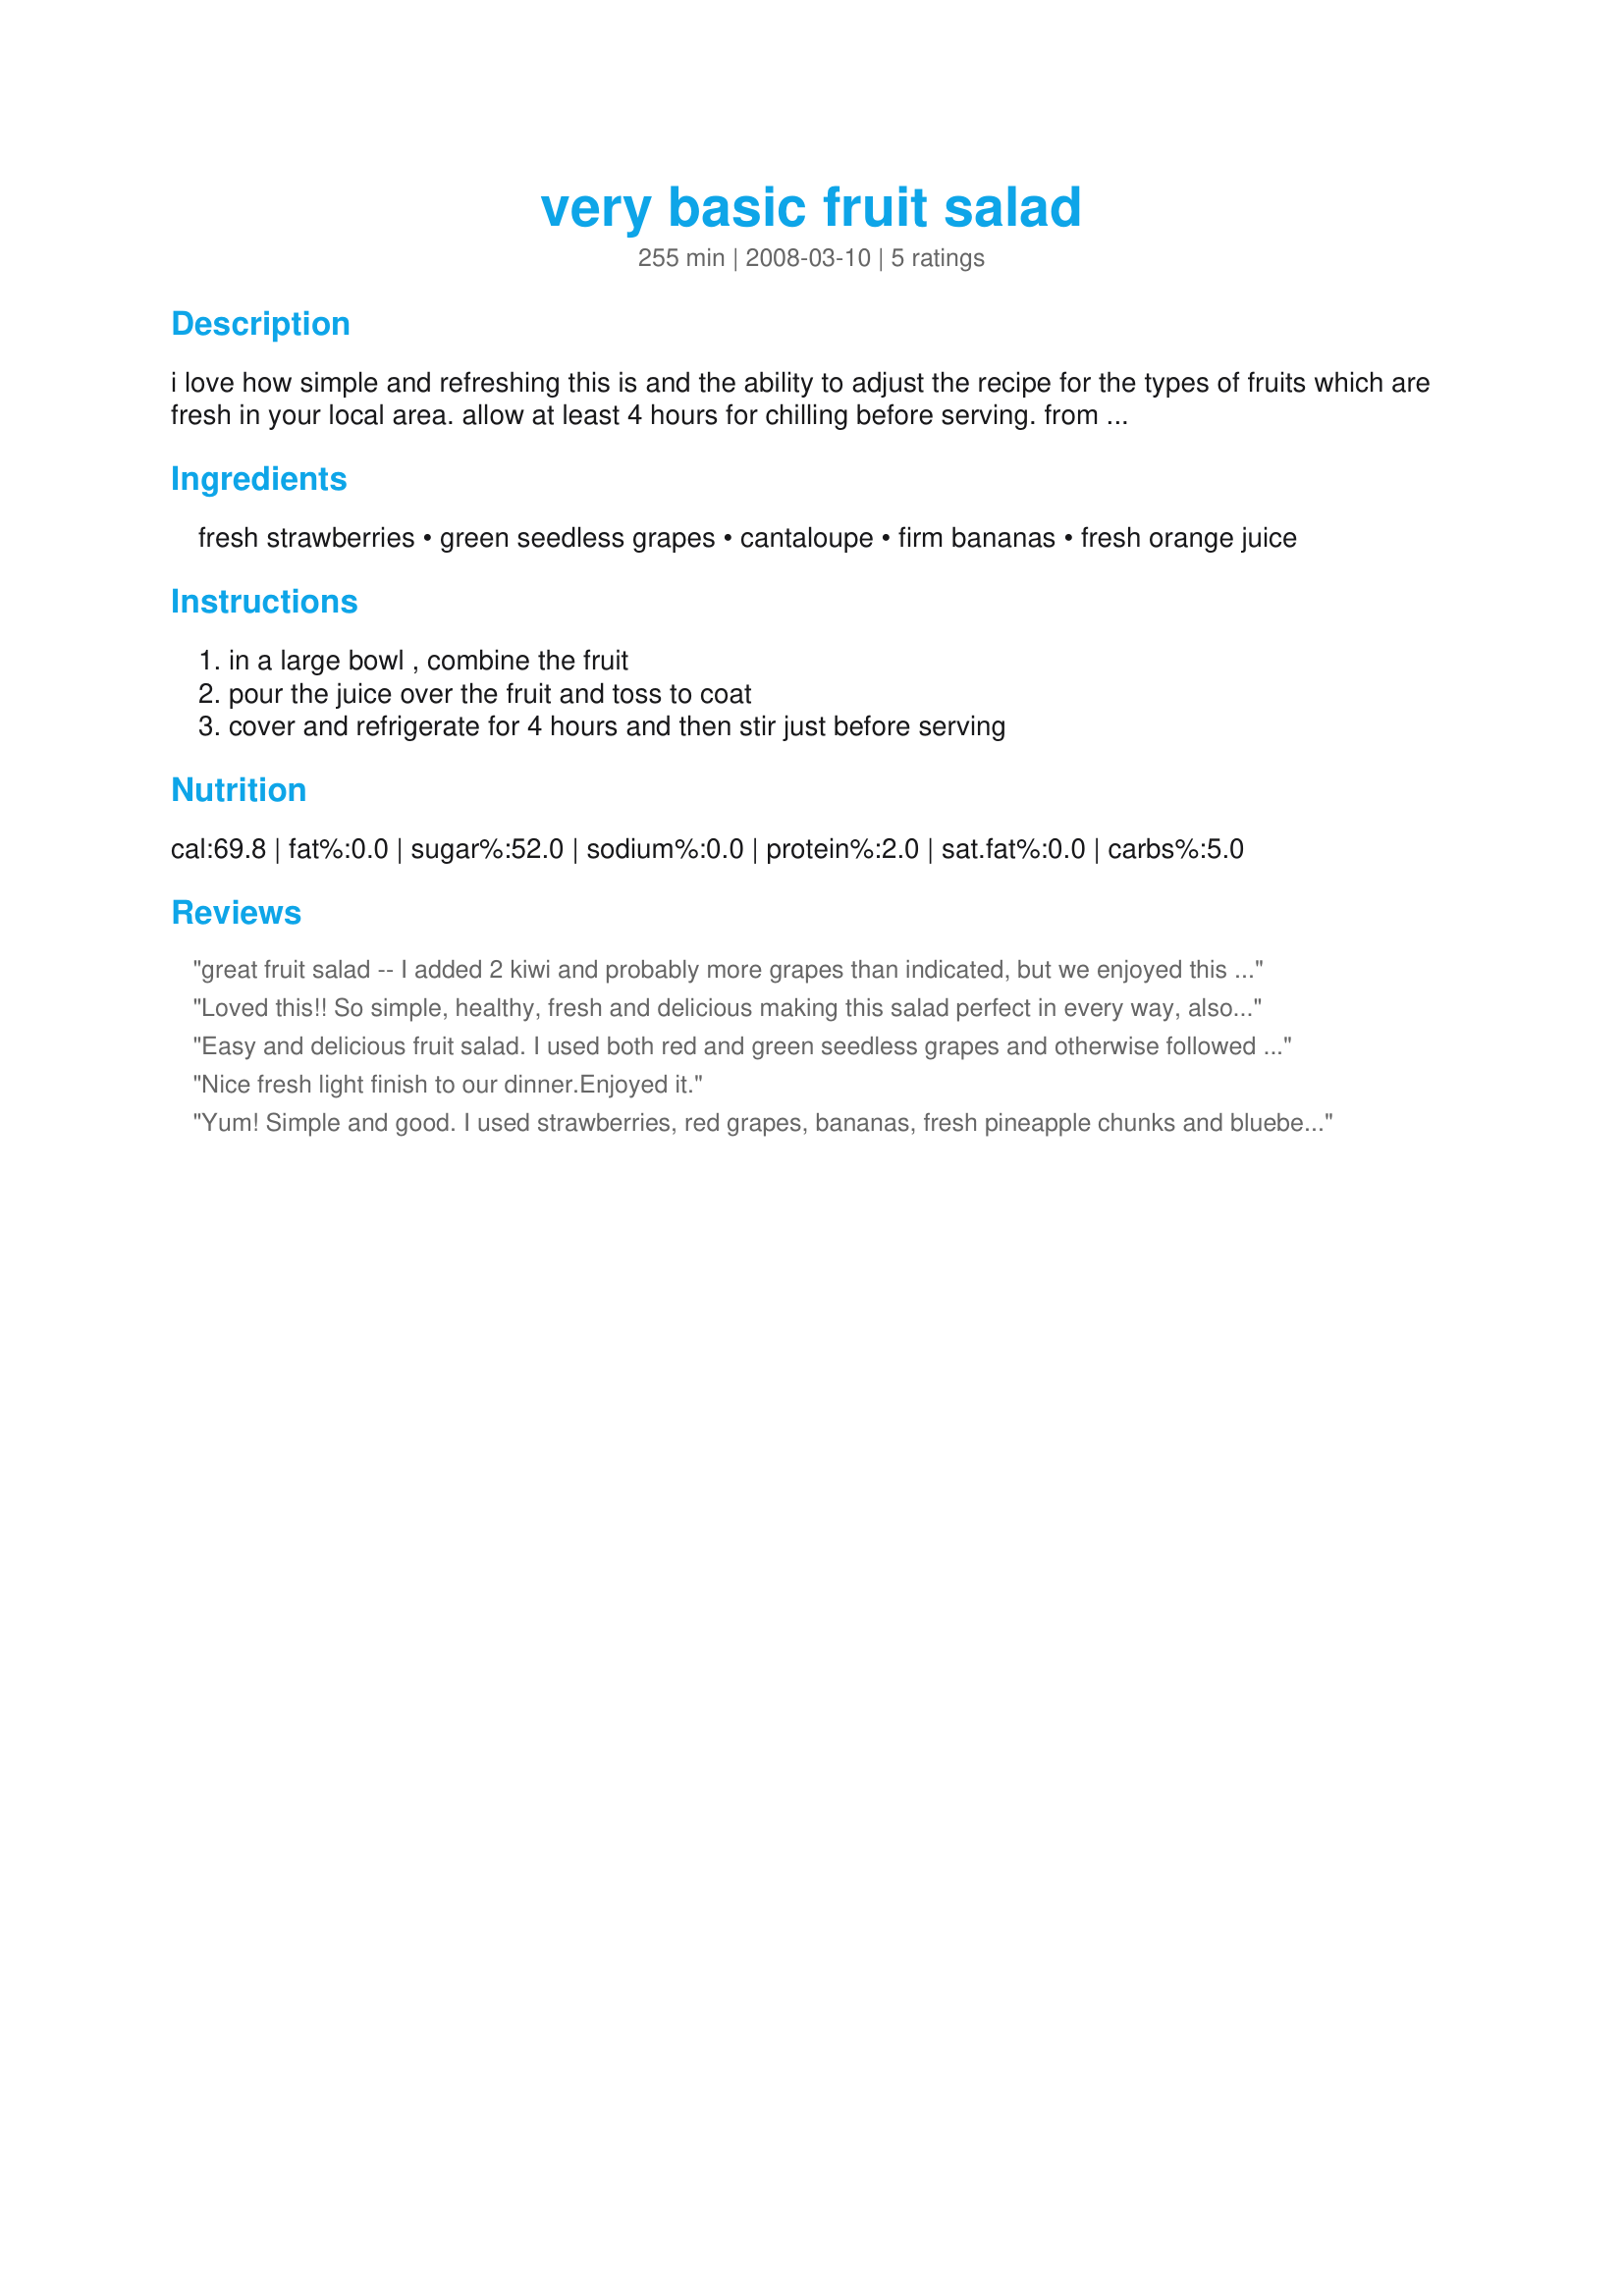
very basic fruit salad
Preparation time: 255 minutes

i love how simple and refreshing this is and the ability to adjust the recipe for the types of fruits which are fresh in your local area. allow at least 4 hours for chilling before serving. from toh cookbook. i like changing out the cantaloupe with fresh pineapple and/or grapefruit slices (which sometimes means a bit of sugar added to balance the tartness), or i have added blueberries also just as a topping.

Ingredients:
fresh strawberries, green seedless grapes, cantaloupe, firm bananas, fresh orange juice

Steps:
in a large bowl , combine the fruit, pour the juice over the fruit and toss to coat, cover and refrigerate for 4 hours and then stir just before serving

Reviews:
great fruit salad -- I added 2 kiwi and probably more grapes than indicated, but we enjoyed this for Christmas breakfast with coffee bread. Thanks for sharing!
Loved this!! So simple, healthy, fresh and delicious making this salad perfect in every way, also like that it is fat free. Made one minor addition of fresh blueberries as I had some that need using. You know I will be making this again and thank you so very much for the post.
Easy and delicious fruit salad. I used both red and green seedless grapes and otherwise followed the recipe.
Nice fresh light finish to our dinner.Enjoyed it.
Yum! Simple and good. I used strawberries, red grapes, bananas, fresh pineapple chunks and blueberries. Very refreshing. I also used recipe #379257 as a topper that was very good as well. Made for Alphabet Soup Tag.
